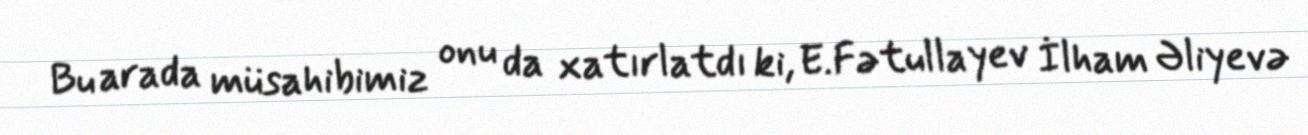
Bu arada müsahibimiz onu da xatırlatdı ki, E.Fətullayev İlham Əliyevə